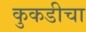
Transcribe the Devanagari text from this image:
कुकडीचा